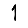
Digit: 1